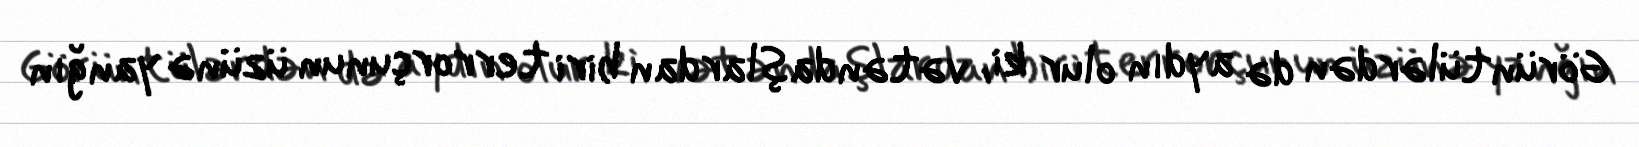
Görüntülərdən də aydın olur ki, vətəndaşlardan biri terrorçunun üzünə yanğın